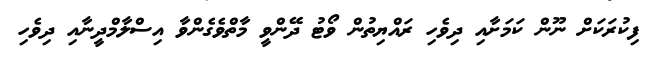
ފިކުރަކަށް ނޫން ކަމަށާއި ދިވެހި ރައްޔިތުން ވޯޓު ދޭންވީ މާތްވެގެންވާ އިސްލާމްދީނާއި ދިވެހި